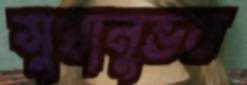
সুখানুভব